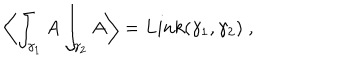
LaTeX: \left\langle \int _ { \gamma _ { 1 } } A \int _ { \gamma _ { 2 } } A \right\rangle = L i n k ( \gamma _ { 1 } , \gamma _ { 2 } ) \; ,